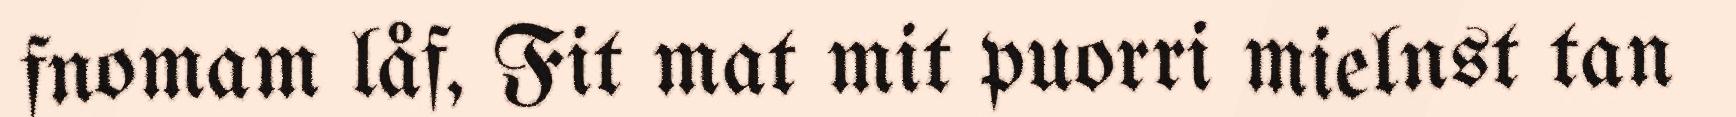
fnomam låf, Fit mat mit puorri mielnst tan